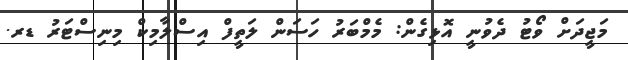
މަޖީދަށް ވޯޓު ދެވުނީ އޮޅިގެން: މެމްބަރު ހަސަން ލަތީފް އިސްލާމިކް މިނިސްޓަރު ޑރ.